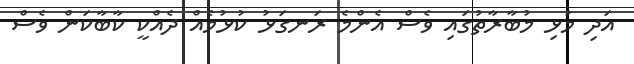
އަދި މުޅި މުބާރާތުގައި ވެސް އެންމެ ރަނގަޅު ކުޅުމެއް ދެއްކީ ކާބާކަން ވެސް